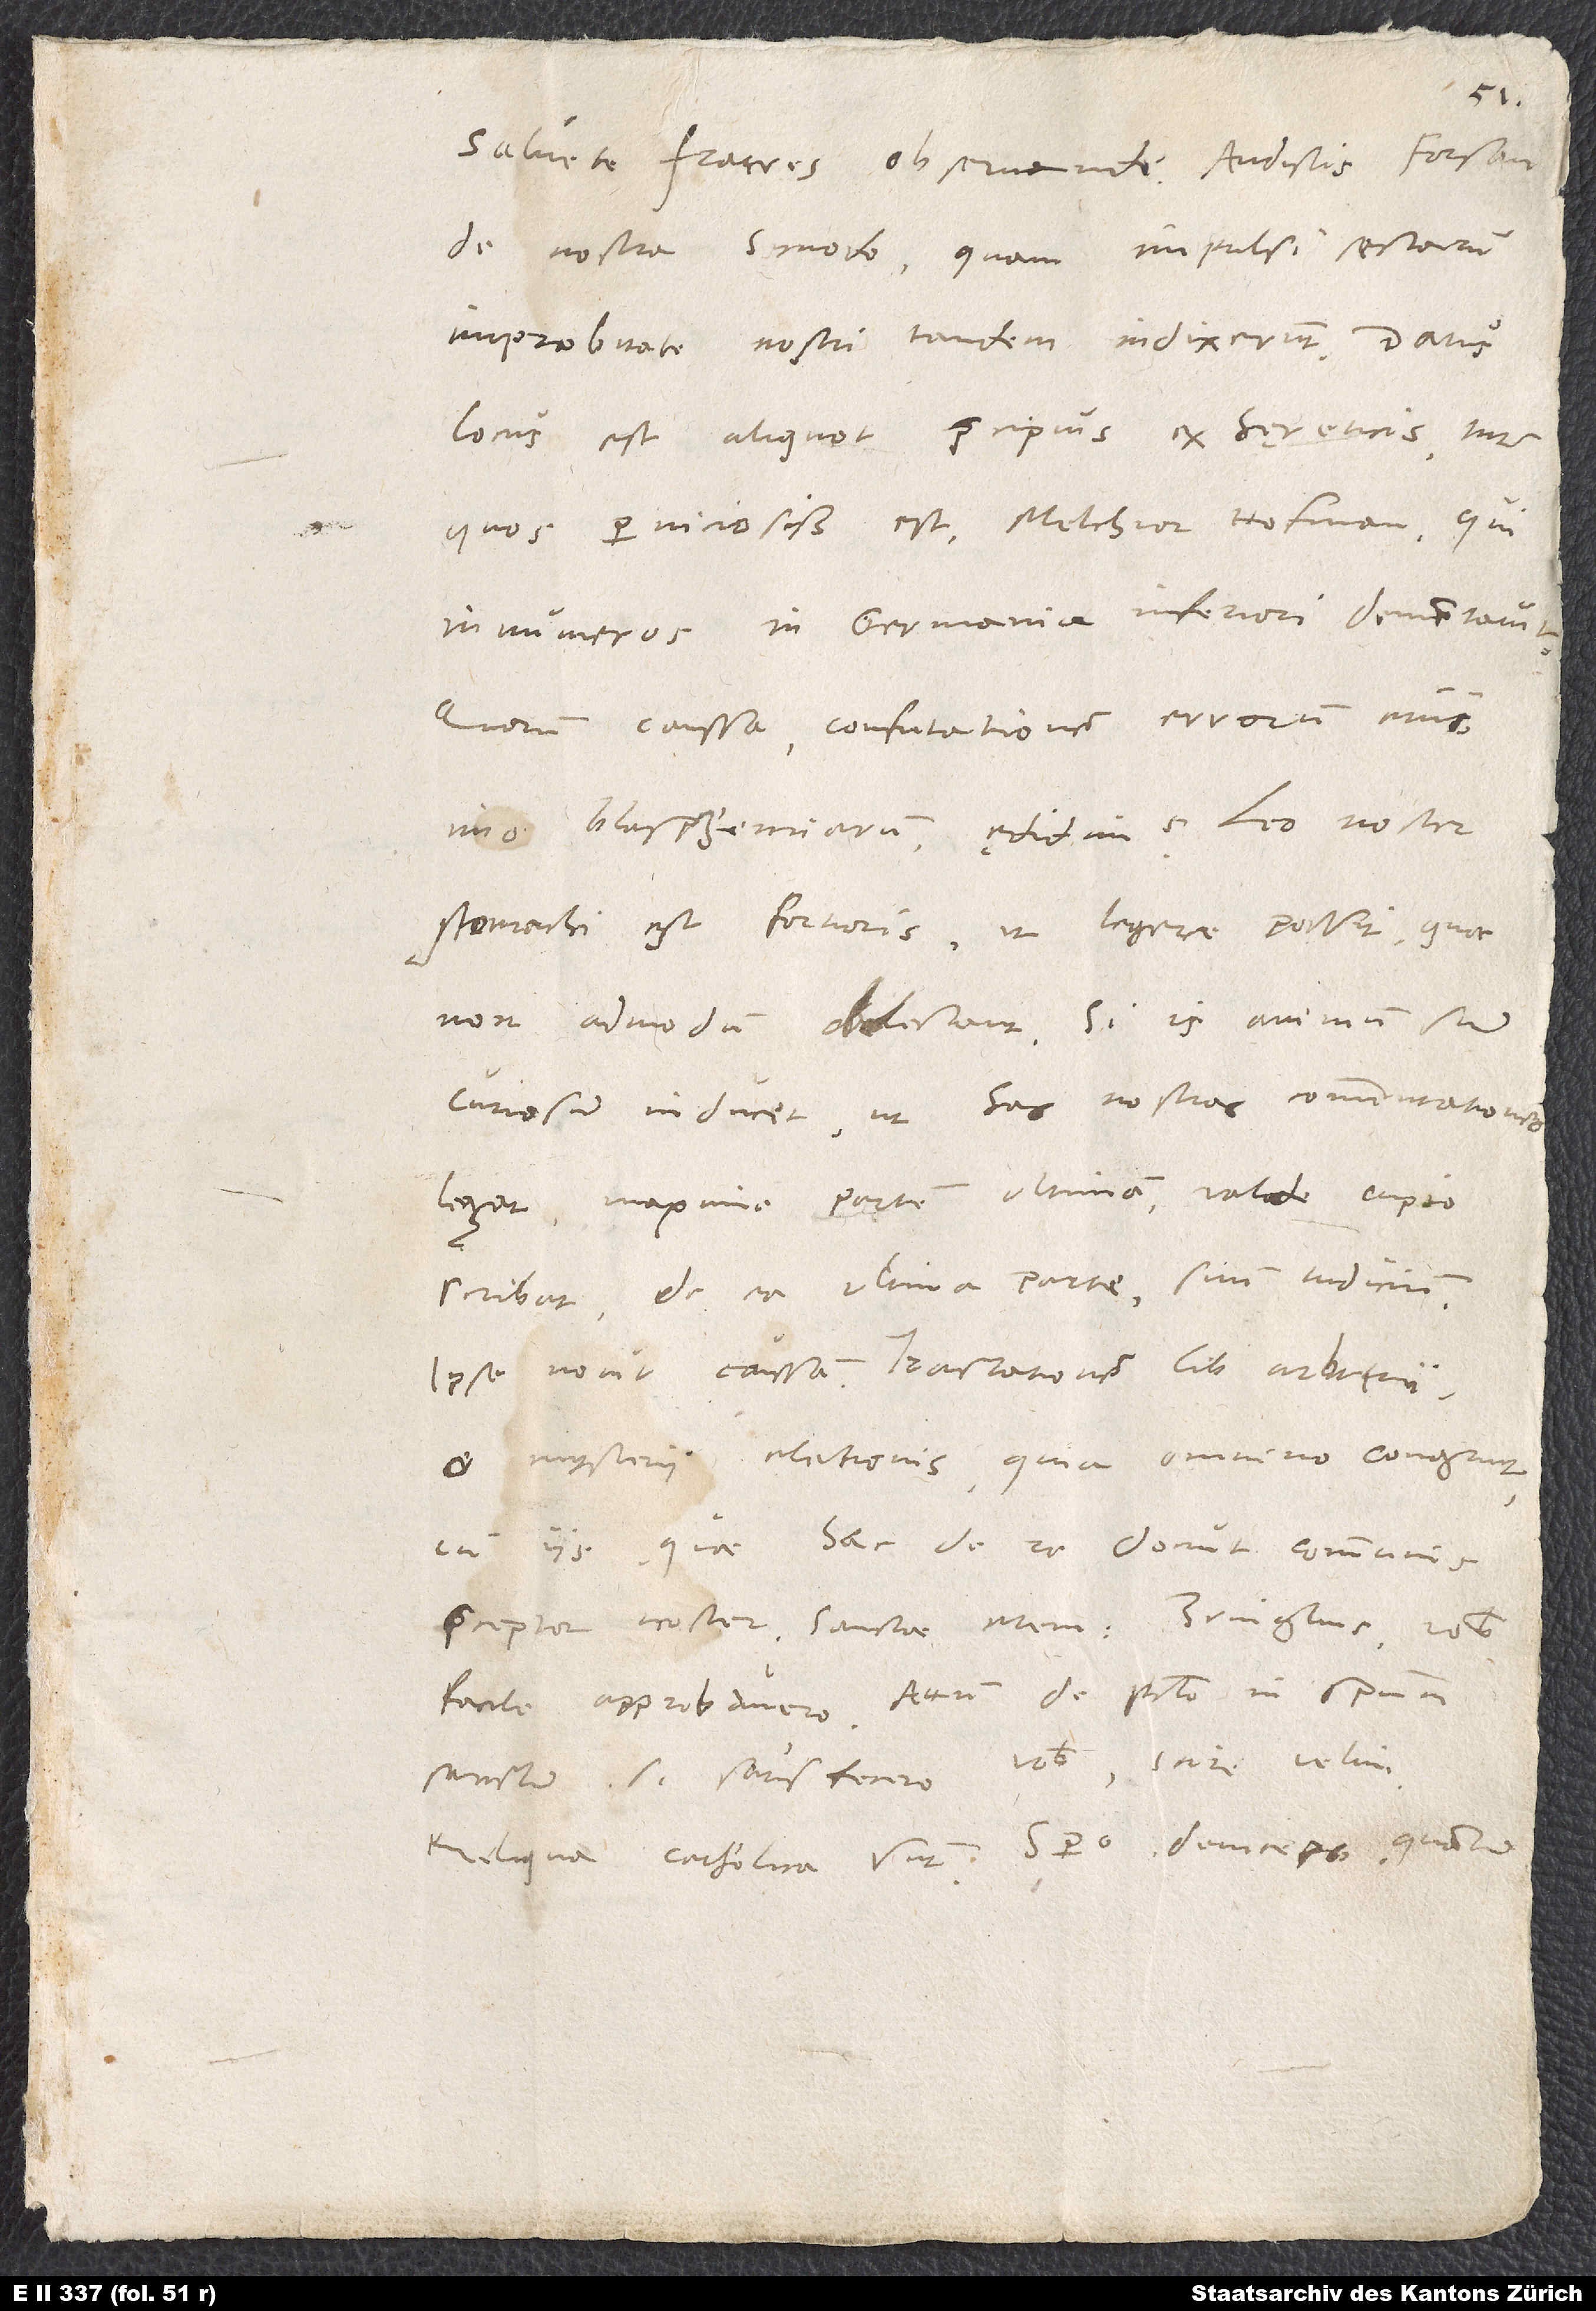
de nostra synodo, quam impulsi sectarum
improbitate nostri tandem indixerunt. Datus
locus est aliquot praecipuis ex hęreticis, inter
quos perniciosissimus est Melchior Hofman, qui
innumeros in Germania inferiori dementavit,
quorum caussa confutationem errorum eius,
imo blasphemiarum ędidimus. Leo noster
stomachi est fortioris, ut legere possit, quae
non admodum oblectant. Si is animum suum
curiosum inducet, ut has nostras commentationes
legat, maxime partem ultimam, valde cupio
scribat de ea ultima parte suum iudicium.
Ipse novit caussam, tractationem liberi arbitrii
et mysterii electionis. Quia omnino congruit
cum iis, quae hac de re docuit communis
praeceptor noster sanctae memoriae Zuinglius, vobis
facile approbavero. Attamen de peccato in spiritum
sanctum si satisfecero vobis, scire velim.
Reliqua catholica sunt. Spero deinceps, quantum